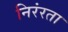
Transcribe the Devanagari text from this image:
निरंरता